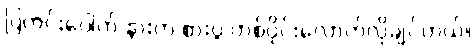
ပြတင်းပေါက် နားက စားပွဲ တစ်ဝိုင်းလောက်လိုချင်တယ်။